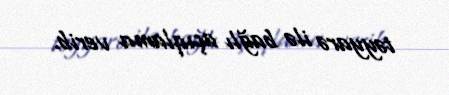
təyyarə ilə bağlı açıqlama verib.